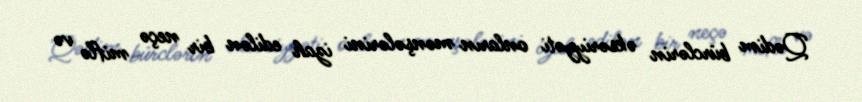
Qədim bürclərin əksəriyyəti onların mənşələrini izah edilən bir neçə miflə və